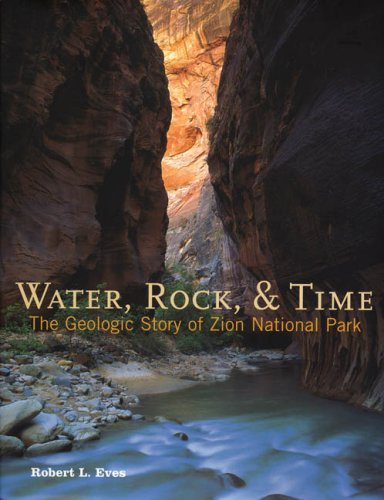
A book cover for Water, Rock, & Time: The Geologic Story of Zion National Park; Robert L Eves; Travel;